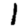
Digit: 1